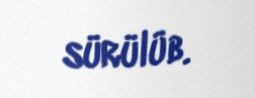
sürülüb.